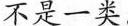
不是一类。”